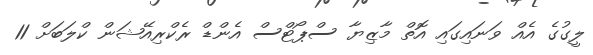
ލީގުގެ އެއް ވަނައިގައި އޮތް މާޒިޔާ ސްޕޯޓްސް އެންޑް ރެކްރިއޭޝަން ކްލަބަށް 11